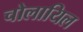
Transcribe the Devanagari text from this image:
चोलायिल